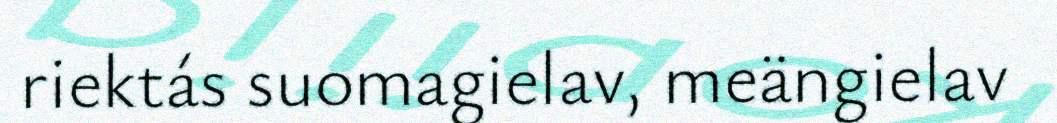
riektás suomagielav, meängielav